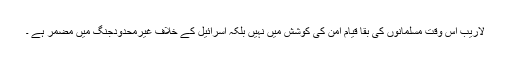
لاریب اس وقت مسلمانوں کی بقا قیام امن کی کوشش میں نہیں بلکہ اسرائیل کے خلاف غیرمحدودجنگ میں مضمر ہے ۔